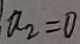
a _ { 2 } = 0